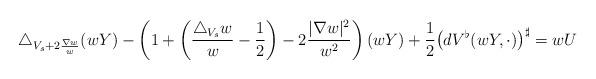
LaTeX: \begin{align*} \triangle_{V_s+2\frac{\nabla w}w} (wY) - \left(1+ \left( \frac{\triangle_{V_s} w}{w} - \frac12 \right) - 2 \frac{|\nabla w|^2}{w^2} \right) (wY) + \frac12 \big( dV^\flat (wY, \cdot) \big)^{\sharp} = w U \end{align*}